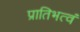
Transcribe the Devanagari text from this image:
प्रातिभत्वं